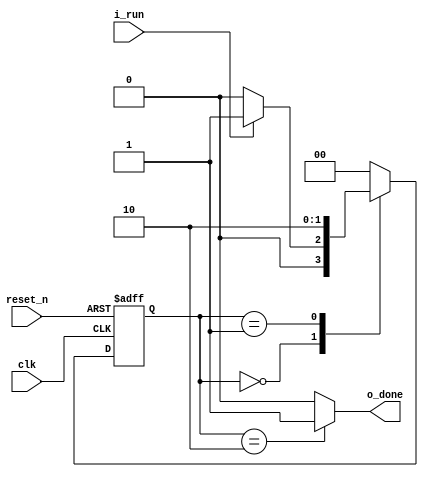
//////////////////////////////////////////////////////////////////////////////////
// Company: Personal
//
// Design Name: 
// Module Name: fsm_test
// Project Name:
// Target Devices:
// Tool Versions:
// Description: To study designing fsm. (IDLE, RUN, DONE)
//				Moore Machine
// Dependencies:
//
// Revision:
// Revision 0.01 - File Created
// Additional Comments:
//
//////////////////////////////////////////////////////////////////////////////////
 
`timescale 1ns / 1ps
module fsm_test(
    input 			clk,
    input 			reset_n,
	input 			i_run,
	output reg		o_done
    );
/////// Local Param. to define state ////////
localparam S_IDLE	= 2'b00;
localparam S_RUN	= 2'b01;
localparam S_DONE  	= 2'b10;

/////// Type ////////
reg [1:0] c_state; // Current state  (F/F)
reg [1:0] n_state; // Next state (Variable in Combinational Logic)

wire	  is_done = 1'b1; // TODO to use signal, if core's state is done. (to use next chapter.) 

/////// Main ////////

// Step 1. always block to update state 
always @(posedge clk or negedge reset_n) begin
    if(!reset_n) begin
		c_state <= S_IDLE;
    end else begin
		c_state <= n_state;
    end
end

// Step 2. always block to compute n_state
//always @(c_state or i_run or is_done) 
always @(*) 
begin
	n_state = S_IDLE; // To prevent Latch.
	case(c_state)
	S_IDLE: if(i_run)
				n_state = S_RUN;
	S_RUN : if(is_done)
				n_state = S_DONE;
	S_DONE: n_state = S_IDLE;
	endcase
end 

// Step 3.  always block to compute output
//always @(c_state) 
always @(*) // always block to compute output
begin
	o_done = 0; // To prevent Latch.
	case(c_state)
	S_DONE: o_done = 1;
	endcase
end

endmodule